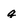
Character: q